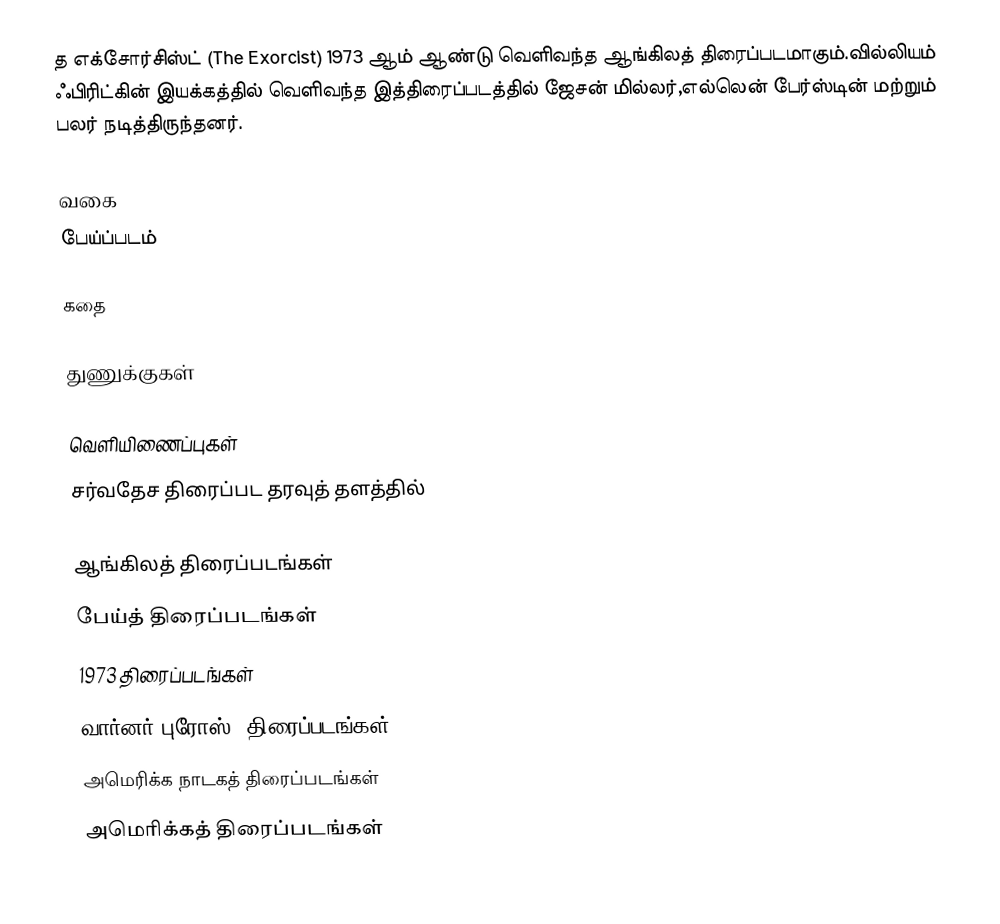
த எக்சோர்சிஸ்ட் (The Exorcist) 1973 ஆம் ஆண்டு வெளிவந்த ஆங்கிலத் திரைப்படமாகும்.வில்லியம் ஃபிரிட்கின் இயக்கத்தில் வெளிவந்த இத்திரைப்படத்தில் ஜேசன் மில்லர்,எல்லென் பேர்ஸ்டின் மற்றும் பலர் நடித்திருந்தனர்.

வகை
பேய்ப்படம்

கதை

துணுக்குகள்

வெளியிணைப்புகள்
சர்வதேச திரைப்பட தரவுத் தளத்தில்

ஆங்கிலத் திரைப்படங்கள்
பேய்த் திரைப்படங்கள்
1973 திரைப்படங்கள்
வார்னர் புரோஸ். திரைப்படங்கள்
அமெரிக்க நாடகத் திரைப்படங்கள்
அமெரிக்கத் திரைப்படங்கள்